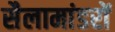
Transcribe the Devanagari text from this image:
सैलामांडरों